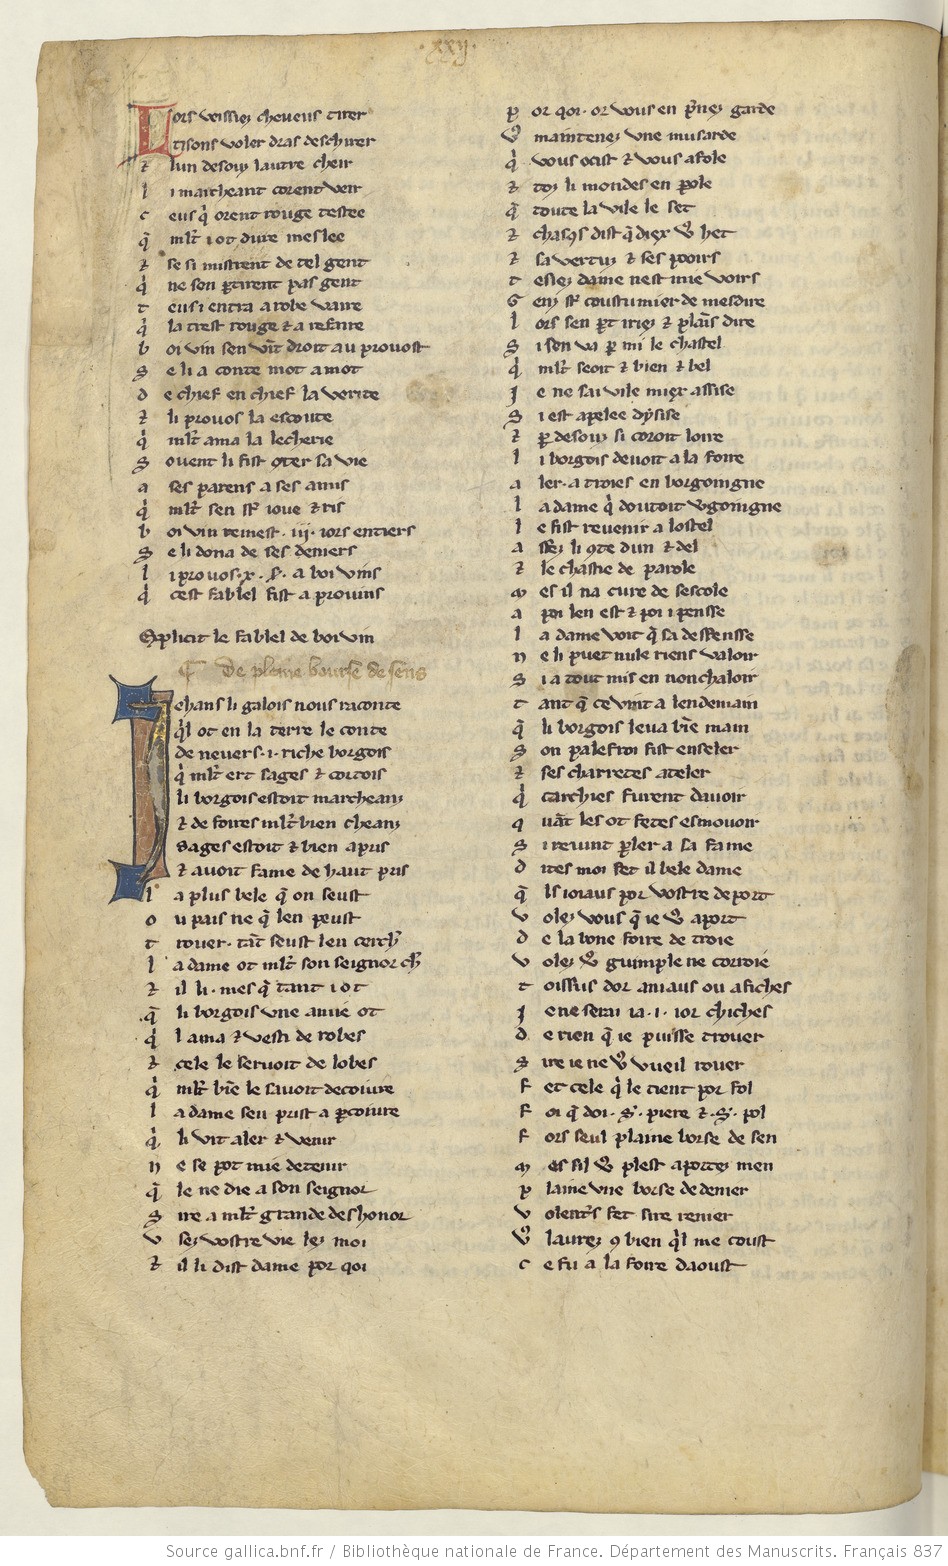
Shelfmark: Paris, BnF, fr. 837
Century: 13